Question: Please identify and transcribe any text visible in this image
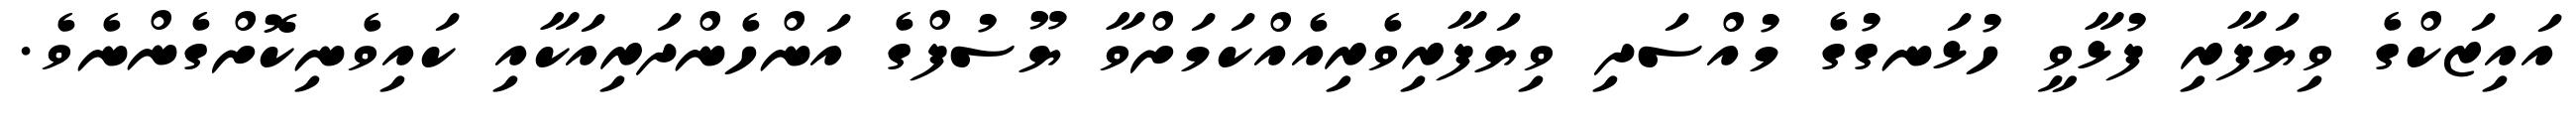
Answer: އައިޒަކްގެ ވިޔަފާރި ފުޅާވީ ހުޅަނގުގެ މުއްސަދި ވިޔަފާރިވެރިއެއްކަމަށްވާ ޔޫސުފްގެ އަންހެންދަރިއަކާއި ކައިވެނިކޮށްގެންނެވެ.